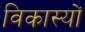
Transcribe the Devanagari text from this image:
विकास्यों